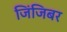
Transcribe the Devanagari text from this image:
जिंजिबर